Annual report of the Punjab Veterinary College and of the Civil Veterinary Department, Punjab - 1894-1908
Year: 1894
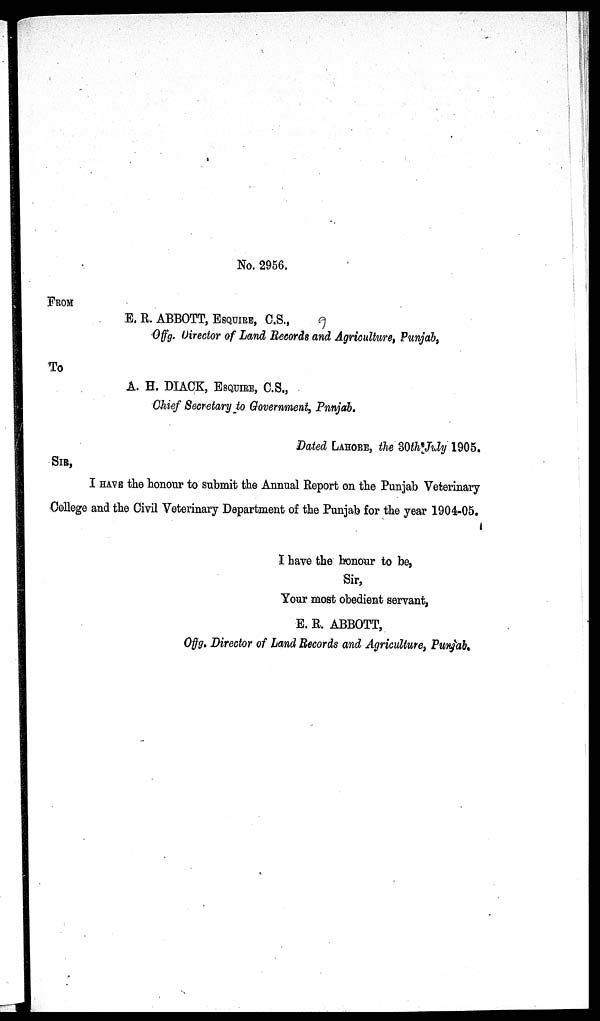
No. 2956.
FROM
E. R. ABBOTT, ESQUIRE, C.S.,
Offg. Director of Land Records and Agriculture, Punjab,
To
A. H. DIACK, ESQUIRE, C.S.,
Chief Secretary to Government, Pnnjab.
Dated LAHORE, the 30th July 1905.
SIR,
I HAVE the honour to submit the Annual Report on the Punjab Veterinary
College and the Civil Veterinary Department of the Punjab for the year 1904-05.
I have the honour to be,
Sir,
Your most obedient servant,
E. R. ABBOTT,
Of f
g. Director of Land Records and Agriculture, Punjab.